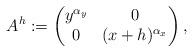
LaTeX: \begin{align*}A^h := \begin{pmatrix} y^{\alpha_y} & 0 \\ 0 &(x+h)^{\alpha_x} \end{pmatrix},\end{align*}